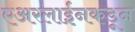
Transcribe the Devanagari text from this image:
एअरलाईनकडून